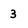
Character: 3